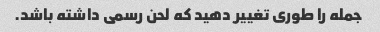
جمله را طوری تغییر دهید که لحن رسمی داشته باشد.